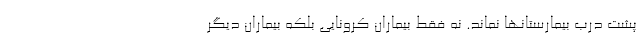
پشت درب بیمارستانها نماند. نه فقط بیماران کرونایی بلکه بیماران دیگر